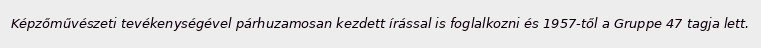
Képzőművészeti tevékenységével párhuzamosan kezdett írással is foglalkozni és 1957-től a Gruppe 47 tagja lett.